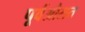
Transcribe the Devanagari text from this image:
पूर्वऔसत